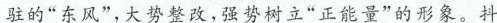
驻的”东风”，大势整改，强势树立”正能量”的形象。抖